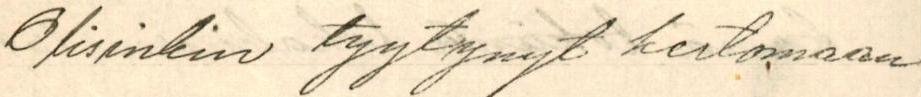
Olisinkin tyytynyt kertomaan